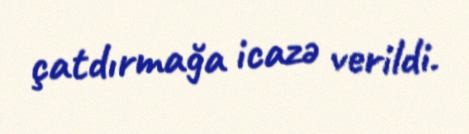
çatdırmağa icazə verildi.